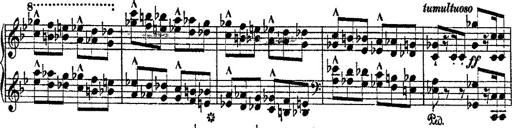
Title: Fantaisie romantique sur deux mÃ©lodies suisses
Composer: Franz Liszt